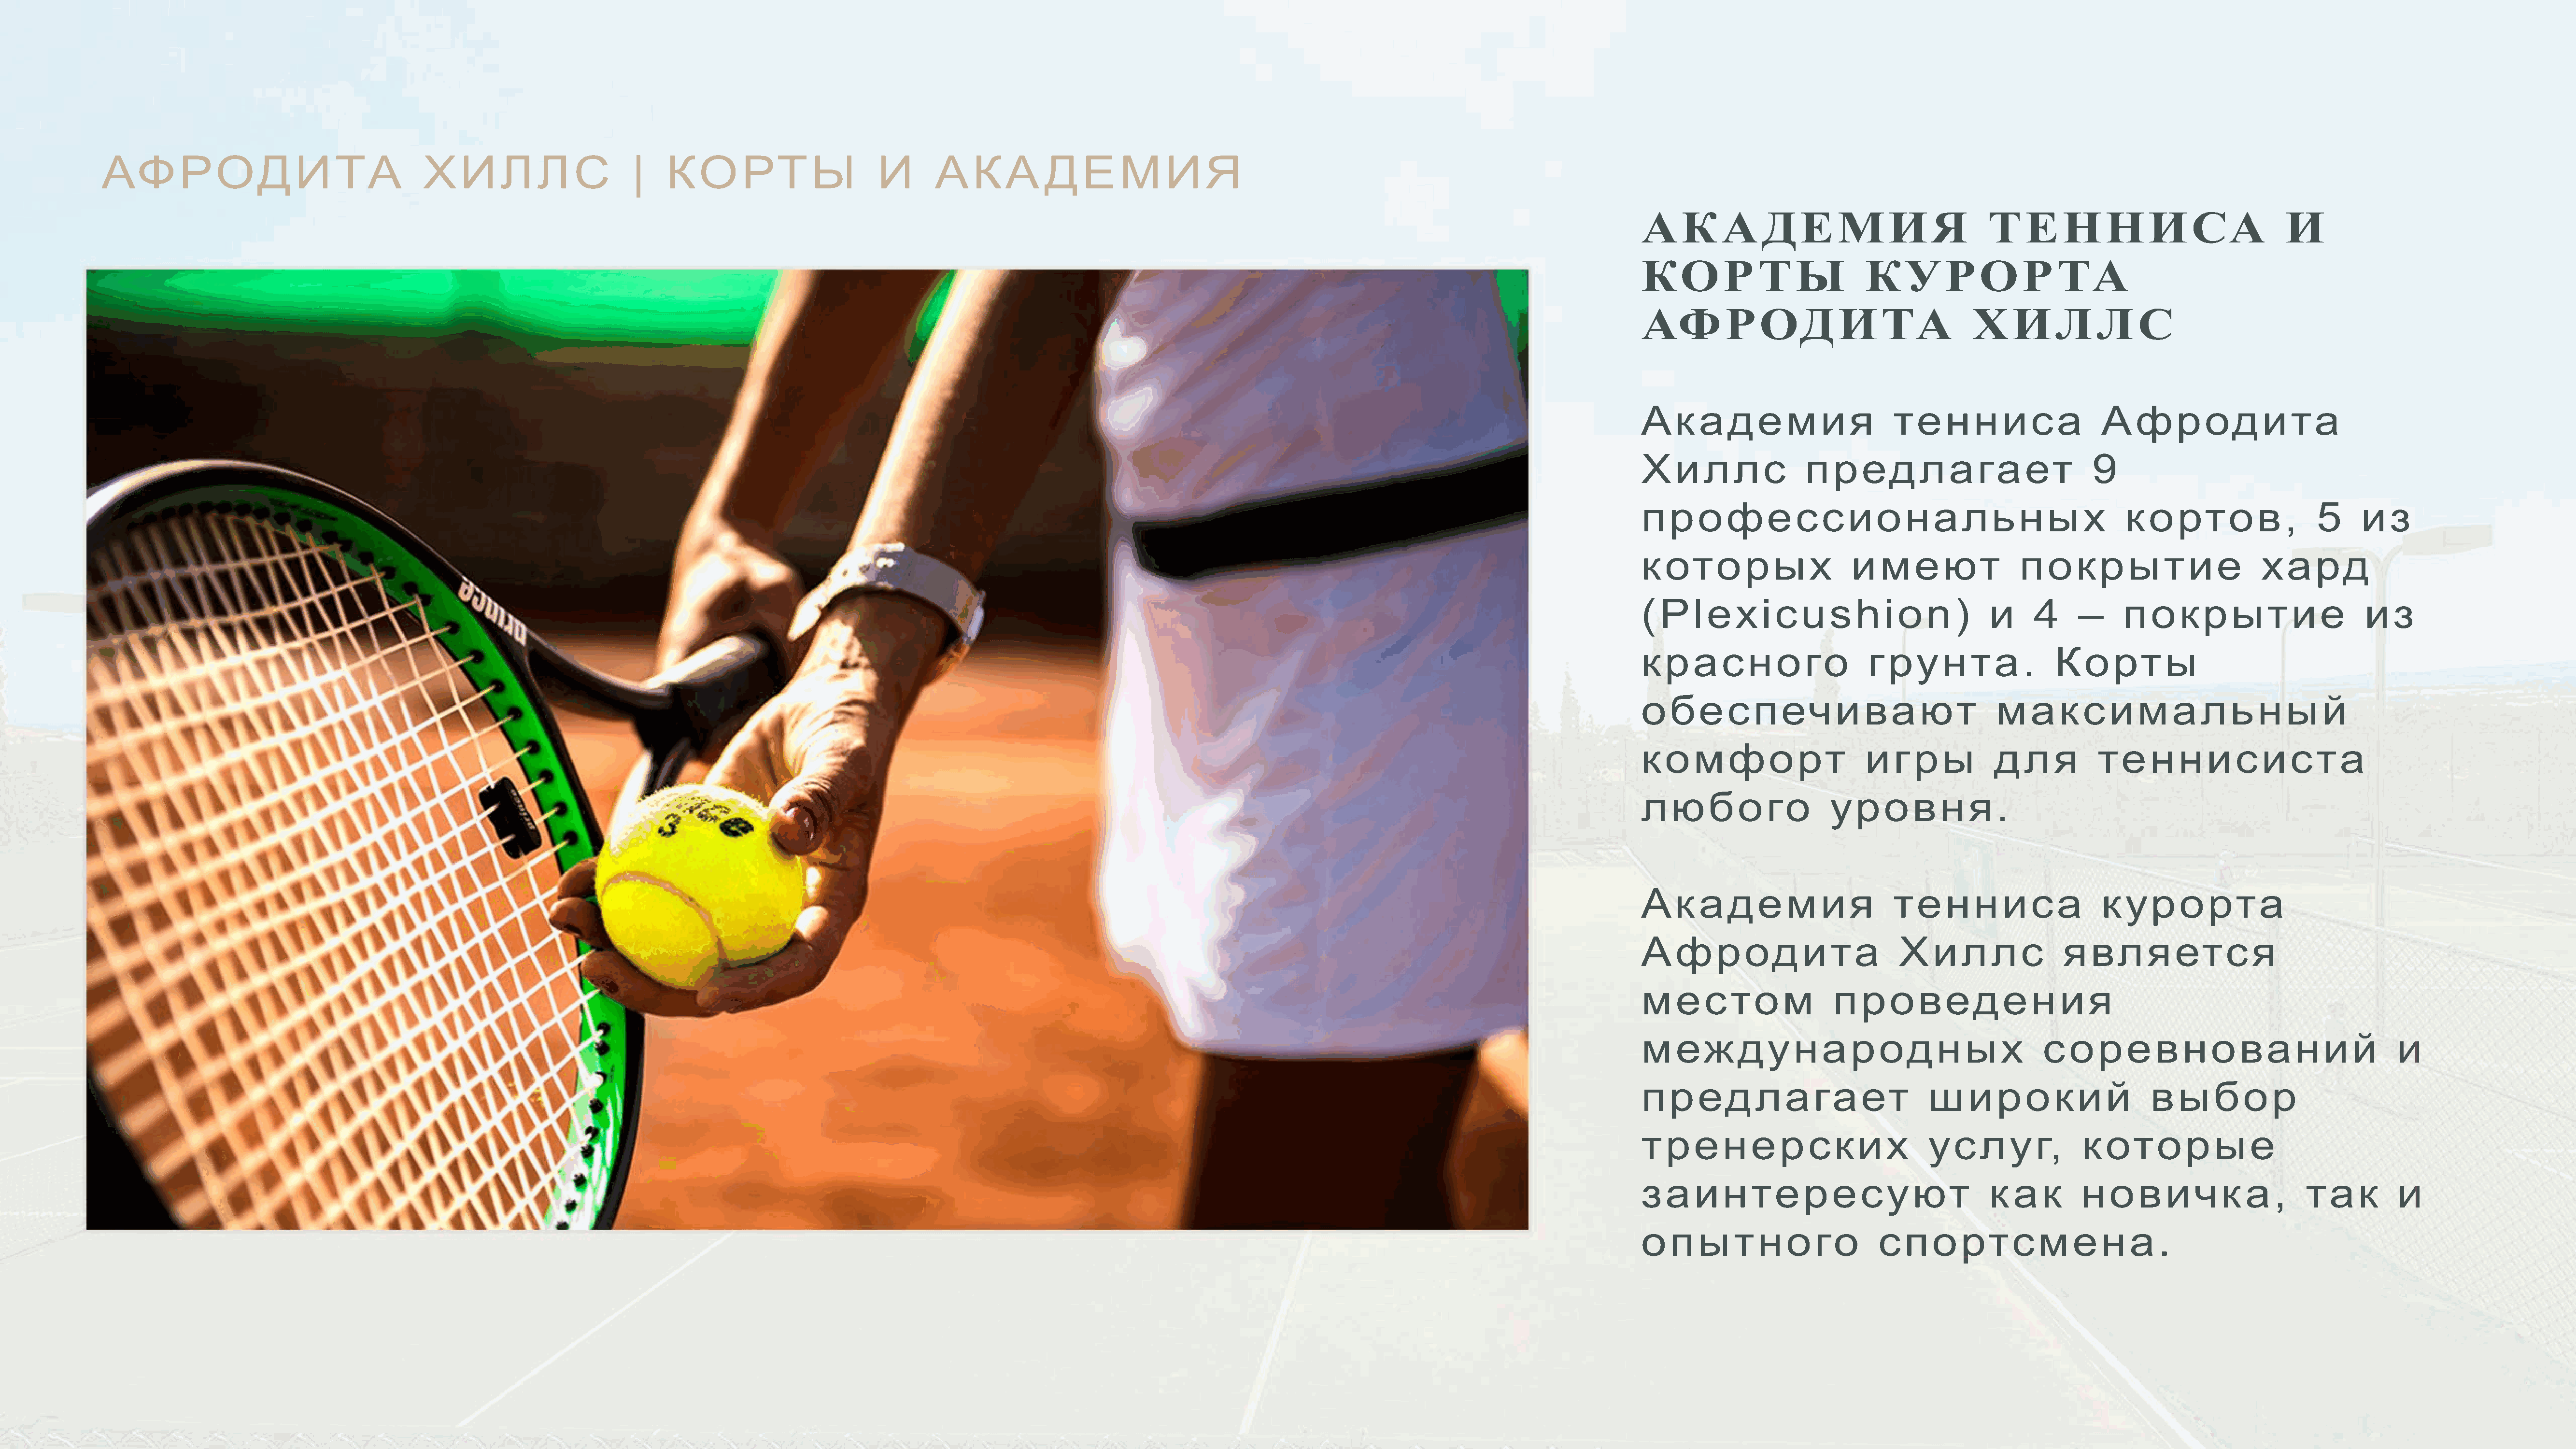
АФРОДИТА                                    ХИЛЛС                        |   КОРТЫ                        И       АКАДЕМИЯ
 АКАДЕМИЯ                                        ТЕННИСА                                 И
 КОРТЫ                          КУРОРТА
 АФРОДИТА                                     ХИЛЛС
 ААкадемия                         тенниса                      Афродита
 Хиллс                 предлагает                              9
 профессиональных                                                  кортов,                    5     из
 которых                      имеют                  покрытие                         хард
 (Plexicushion)                                  и     4     –     покрытие                         из
 красного                       грунта.                   Корты
 обеспечивают                                     максимальный
 ккооммффоорт                   игры             для            теннисиста
 любого                    уровня.
 Академия                          тенниса                      курорта
 Афродита                           Хиллс                  является
 местом                    проведения
 международных                                          соревнований                                     и
 предлагает                             широкий                        выбор
 тренерских                             услуг,               которые
 заинтересуют                                    как         новичка,                       так          и
 ооппыыттнноого                  спортсмена.